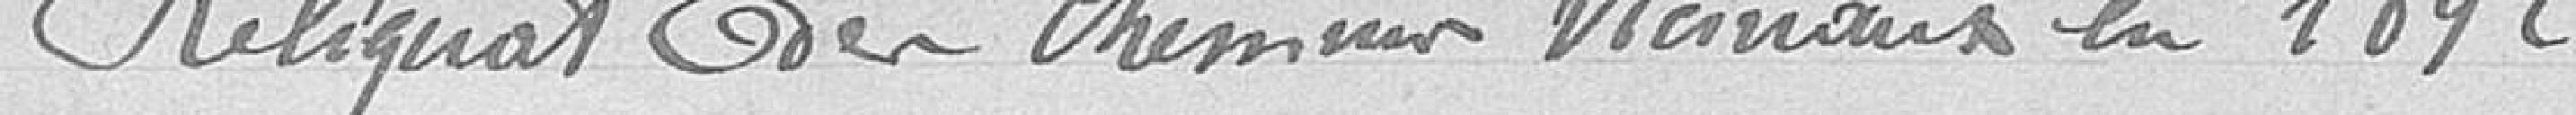
Reliquats des chemins vicinaux en 1892